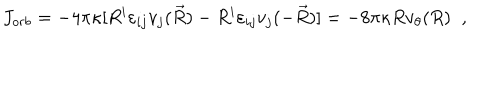
J _ { o r b } = - 4 \pi \kappa [ R ^ { i } \varepsilon _ { i j } v _ { j } ( \vec { R } ) - R ^ { i } \varepsilon _ { i j } v _ { j } ( - \vec { R } ) ] = - 8 \pi \kappa R v _ { \theta } ( R ) \; \; ,